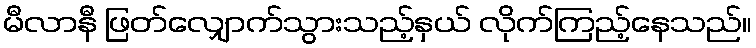
မီလာနီ ဖြတ်လျှောက်သွားသည့်နှယ် လိုက်ကြည့်နေသည်။